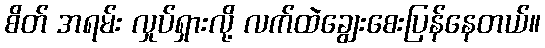
စိတ် အရမ်း လှုပ်ရှားလို့ လက်ထဲချွေးစေးပြန်နေတယ်။